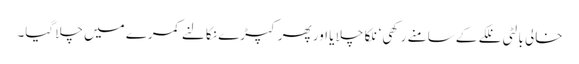
خالی بالٹی نلکے کے سامنے رکھی‘ نلکا چلا یا اور پھر کپڑے نکالنے کمرے میں چلا گیا۔